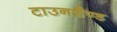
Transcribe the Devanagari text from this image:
टाउनशैण्ड